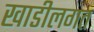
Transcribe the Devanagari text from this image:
खाडीलगत